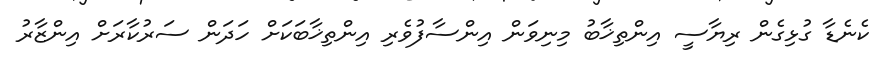
ކެނެޑާ ގުޅިގެން ރިޔާސީ އިންތިޚާބު މިނިވަން އިންސާފުވެރި އިންތިޚާބަކަށް ހަދަން ސަރުކާރަށް އިންޒާރު